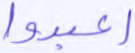
اعبدوا